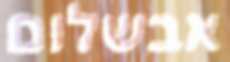
אבשלום